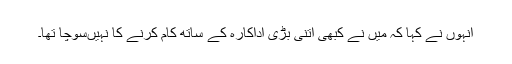
انہوں نے کہا کہ میں نے کبھی اتنی بڑی اداکارہ کے ساتھ کام کرنے کا نہیںسوچا تھا۔